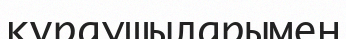
құраушыларымен